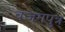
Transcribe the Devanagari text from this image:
वजगपुत्र